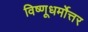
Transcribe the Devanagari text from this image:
विष्णूधर्मोत्तर